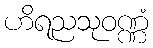
ဟိရညသုဝဏ္ဏံ